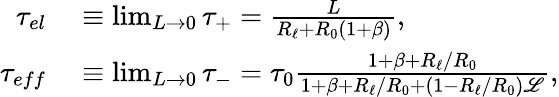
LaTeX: \begin{array}{rl}{\tau_{el}}&{{}\equiv\operatorname*{lim}_{L\to 0}\tau_{+}=\frac{L}{R_{\ell}+R_{0}(1+\beta)},}\\ {\tau_{eff}}&{{}\equiv\operatorname*{lim}_{L\to 0}\tau_{-}=\tau_{0}\frac{1+\beta+R_{\ell}/R_{0}}{1+\beta+R_{\ell}/R_{0}+(1-R_{\ell}/R_{0})\mathscr{L}},}\end{array}